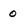
Character: o